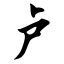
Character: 卢